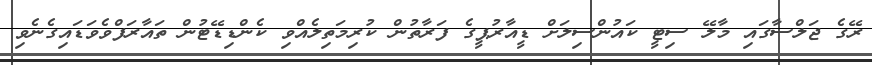
ރޭގެ ޖަލްސާގައި މާލޭ ސިޓީ ކައުންސިލަށް ޑީއާރުޕީގެ ފަރާތުން ކުރިމަތިލެއްވި ކެންޑިޑޭޓުން ތައާރަފްވެވަޑައިގެނެވި